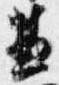
兼